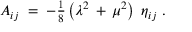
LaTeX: A _ { i j } \; = \; - \textstyle { \frac { 1 } { 8 } } \left( \lambda ^ { 2 } \, + \, \mu ^ { 2 } \right) \ \eta _ { i j } \; .